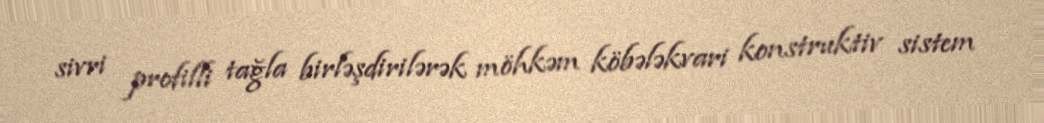
sivri profilli tağla birləşdirilərək möhkəm köbələkvari konstruktiv sistem